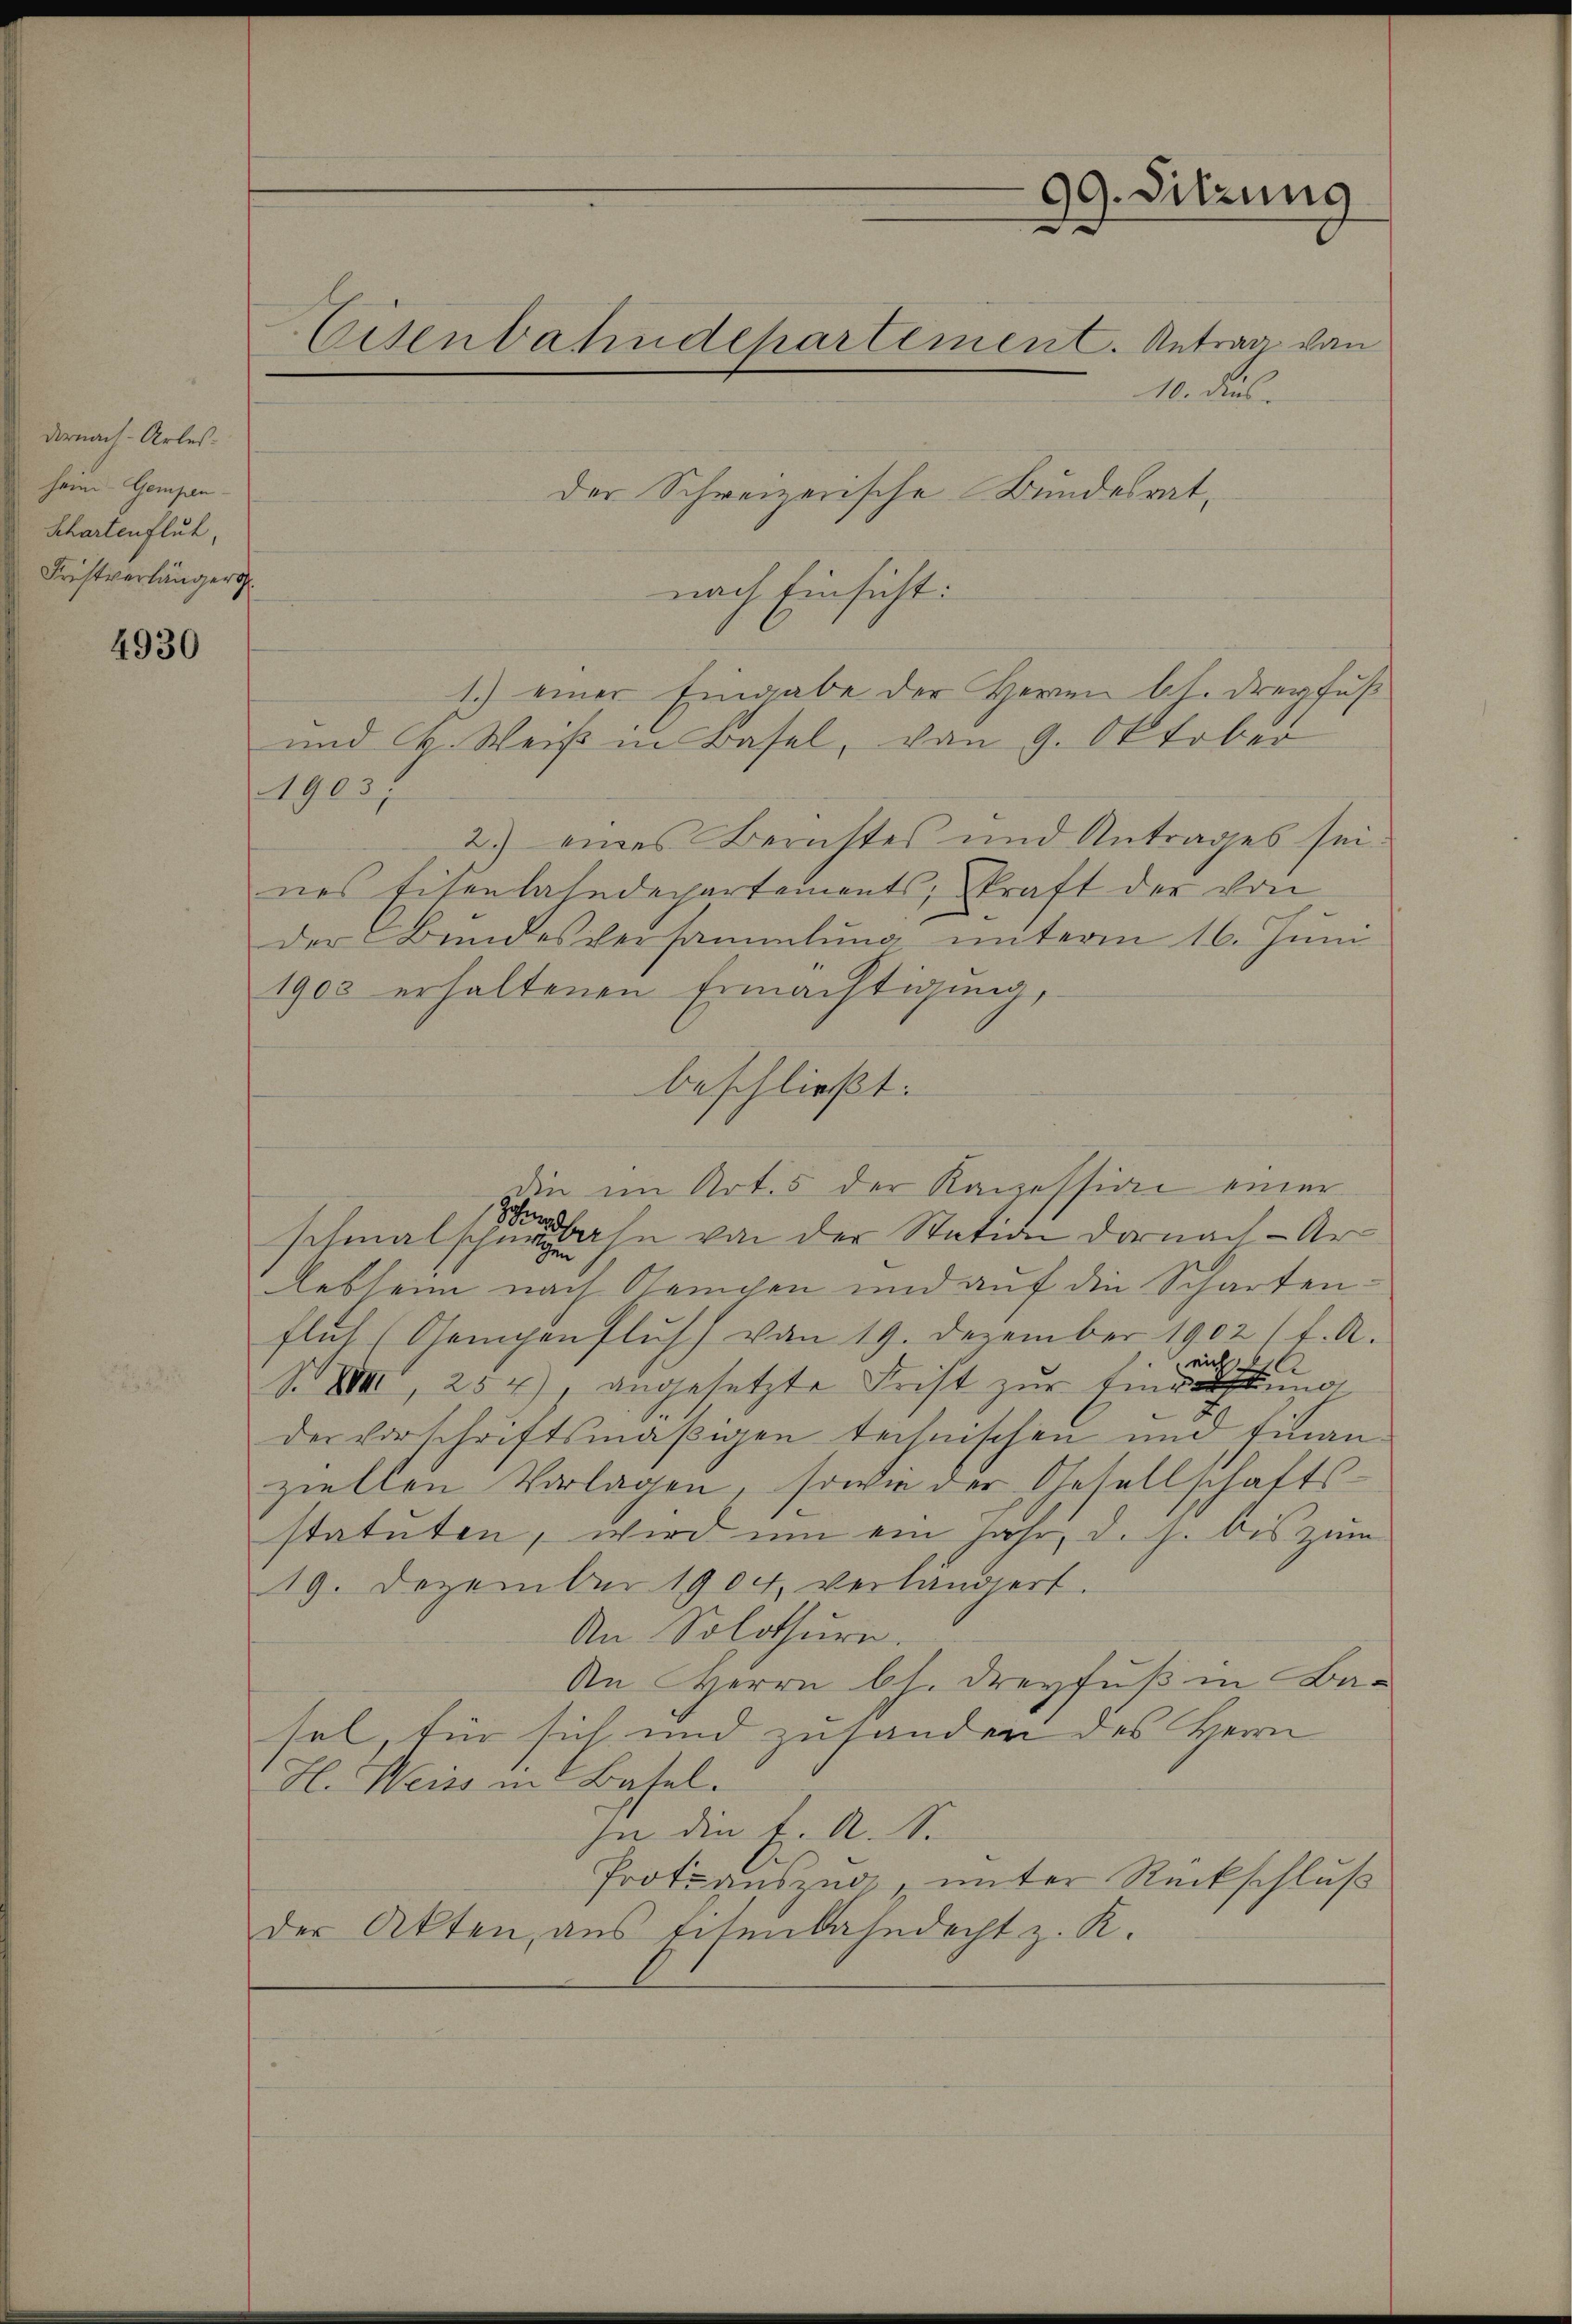
darnach - Arles
heim Gempen-
Schartenfluh,
Fristverlängers

4930

10. dies
der Schreizerische Bundesratnach Einsicht:
1.) einer Eingabe der Herren lt. Dreyfuß
und C. Weiß in Basel, von 9. Oktober
1903.
2) eines Berichtes und Antrages seines Eisenbahndepartements, kraft der von
der Bundesversammlung unterm 16. Juni
1905 erhaltenen Ermächtigung,
beschließt:
die im Art. 5 der Kanzession einer
ardbahn von der Station darnach - Ar
schmalschweiz
lebheim nach Reichen und auf die Schartenfluh (Gampenflusch von 19. Dezember 1902 (1. A.
XXVIII, 254), angesetzte Frist zur Eingerechten
der vorschriftsmäßigen technischen und finan
ziellen Vorlagen, sowie der Gesellschafts-
statuten, wird um ein Jahr, d. h. bis zum
19. Dezember 1904, verlängert.
An Solothurn.
An Herrn Ch. Dreyfuß in Basel, für sich und zuhanden des Herrn
H. Weiss in Basel.
In die f. A. S.
Protoauszug, unter Rückschluß
der Akten, aus Eisenbahndacht z. K.

Eisenbahndepartement. Antrag von

99. Sitzung